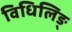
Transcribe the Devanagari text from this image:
विधिलिङ्